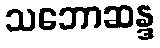
သဘောဆန္ဒ